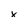
Character: x